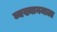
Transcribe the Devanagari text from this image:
व्यख्यानमाला